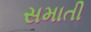
સમાતી